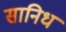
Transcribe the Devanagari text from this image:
सानिध